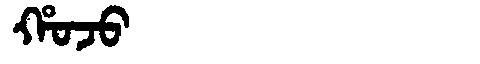
Manchu: ᡥᠣᠵᠣ
Romanization: HOJO